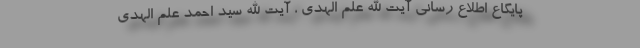
پایگاع اطلاع رسانی آیت الله علم الهدی ، آیت الله سید احمد علم الهدی